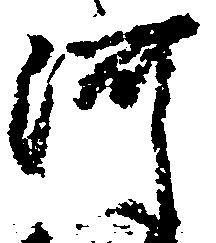
河